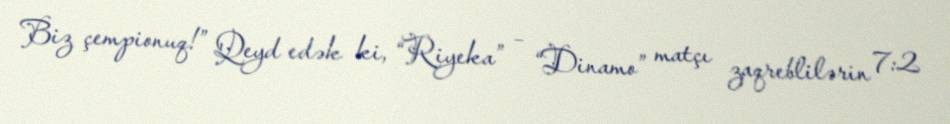
Biz çempionuq!” Qeyd edək ki, “Riyeka” – “Dinamo” matçı zaqreblilərin 7:2